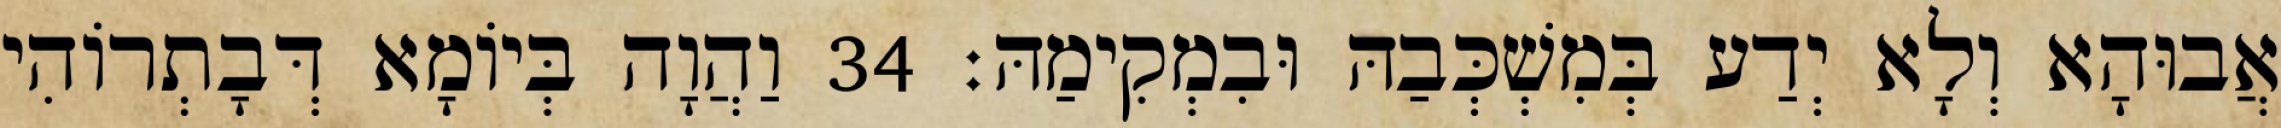
אֲבוּהָא וְלָא יְדַע בְּמִשְׁכְּבַהּ וּבִמְקִימַהּ׃ 34 וַהֲוָה בְּיוֹמָא דְּבָתְרוֹהִי